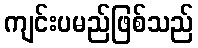
ကျင်းပမည်ဖြစ်သည်